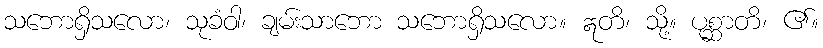
သဘောရှိသလော၊ သုခံဝါ၊ ချမ်းသာဘော သဘောရှိသလော။ ဣတိ၊ သို့။ ပုစ္ဆာတိ၊ ၏။